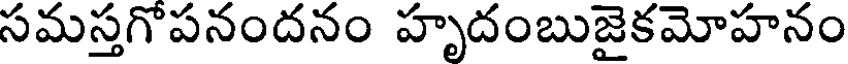
సమస్తగొపనందనం హృదంబుజైకమోహనం